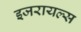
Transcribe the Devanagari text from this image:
इजरायल्स